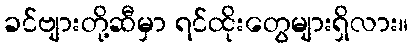
ခင်ဗျားတို့ဆီမှာ ရင်ထိုးတွေများရှိလား။